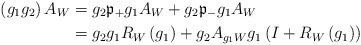
LaTeX: \begin{align*}\left( g_{1}g_{2}\right) A_{W} & =g_{2}\mathfrak{p}_{+}g_{1}A_{W}+g_{2}\mathfrak{p}_{-}g_{1}A_{W} \\& =g_{2}g_{1}R_{W}\left( g_{1}\right) +g_{2}A_{g_{1}W}g_{1}\left(I+R_{W}\left( g_{1}\right) \right) \end{align*}